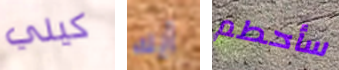
كيلي آيك سأحطم